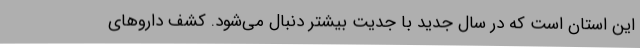
این استان است که در سال جدید با جدیت بیشتر دنبال می‌شود. کشف داروهای